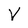
Character: V